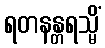
ရတနန္တရသ္မိံ